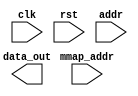
module tvm_vpi_read_mmap
  #(
    parameter DATA_WIDTH = 8,
    parameter ADDR_WIDTH = 8,
    parameter BASE_ADDR_WIDTH = 32
    )
   (
    input                       clk,
    input                       rst,
    // Read Ports
    input [ADDR_WIDTH-1:0]      addr, // Local offset in terms of number of units
    output [DATA_WIDTH-1:0]     data_out, // The data port for read
    // Configure port
    input [BASE_ADDR_WIDTH-1:0] mmap_addr // The base address of memory map.
    );
   reg [DATA_WIDTH-1:0]         reg_data;
   assign data_out = reg_data;
endmodule